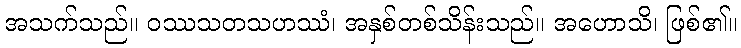
အသက်သည်။ ဝဿသတသဟဿံ၊ အနှစ်တစ်သိန်းသည်။ အဟောသိ၊ ဖြစ်၏။